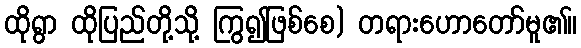
ထိုရွာ ထိုပြည်တို့သို့ ကြွ၍ဖြစ်စေ) တရားဟောတော်မူ၏။